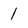
Character: 1